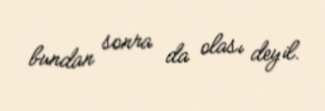
bundan sonra da olası deyil.